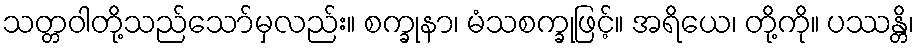
သတ္တဝါတို့သည်သော်မှလည်း။ စက္ခုနာ၊ မံသစက္ခုဖြင့်။ အရိယေ၊ တို့ကို။ ပဿန္တိ၊